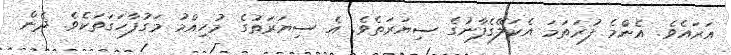
އަރައެވެ. އެންމެ ފުރަތަމަ އެކަލޭގެފާނުގެ ސިޔަރަތެވެ. އެ ސިޔަރަތުގެ މުހިއްމު މަގުފާހަގަތަކެވެ. ދެން